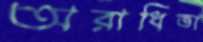
অরাধিতা